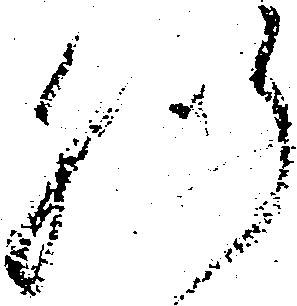
肝